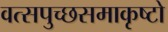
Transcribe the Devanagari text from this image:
वत्सपुच्छसमाकृष्टो